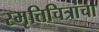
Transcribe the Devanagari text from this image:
स्मृतिचित्रांचा